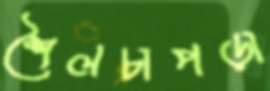
শৈলচাপড়া